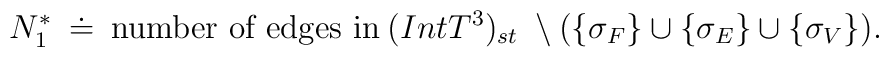
N^*_1\:\doteq \: \mbox{number of edges in}\: (Int T^3)_{st}\; \setminus (\{\sigma_F\}\cup\{\sigma_E\}\cup\{\sigma_V\}).